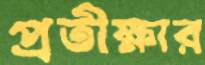
প্রতীক্ষার